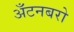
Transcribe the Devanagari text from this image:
अँटनबरो